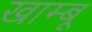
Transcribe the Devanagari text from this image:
खाम्बू